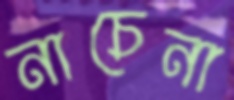
নাচেনা